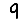
Digit: 9